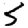
Digit: 5